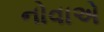
નોવાએ